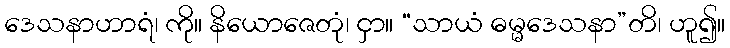
ဒေသနာဟာရံ၊ ကို။ နိယောဇေတုံ၊ ငှာ။ “သာယံ ဓမ္မဒေသနာ”တိ၊ ဟူ၍။